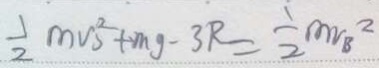
\frac { 1 } { 2 } m v s ^ { 2 } + m g - 3 R = \frac { 1 } { 2 } m v B ^ { 2 }